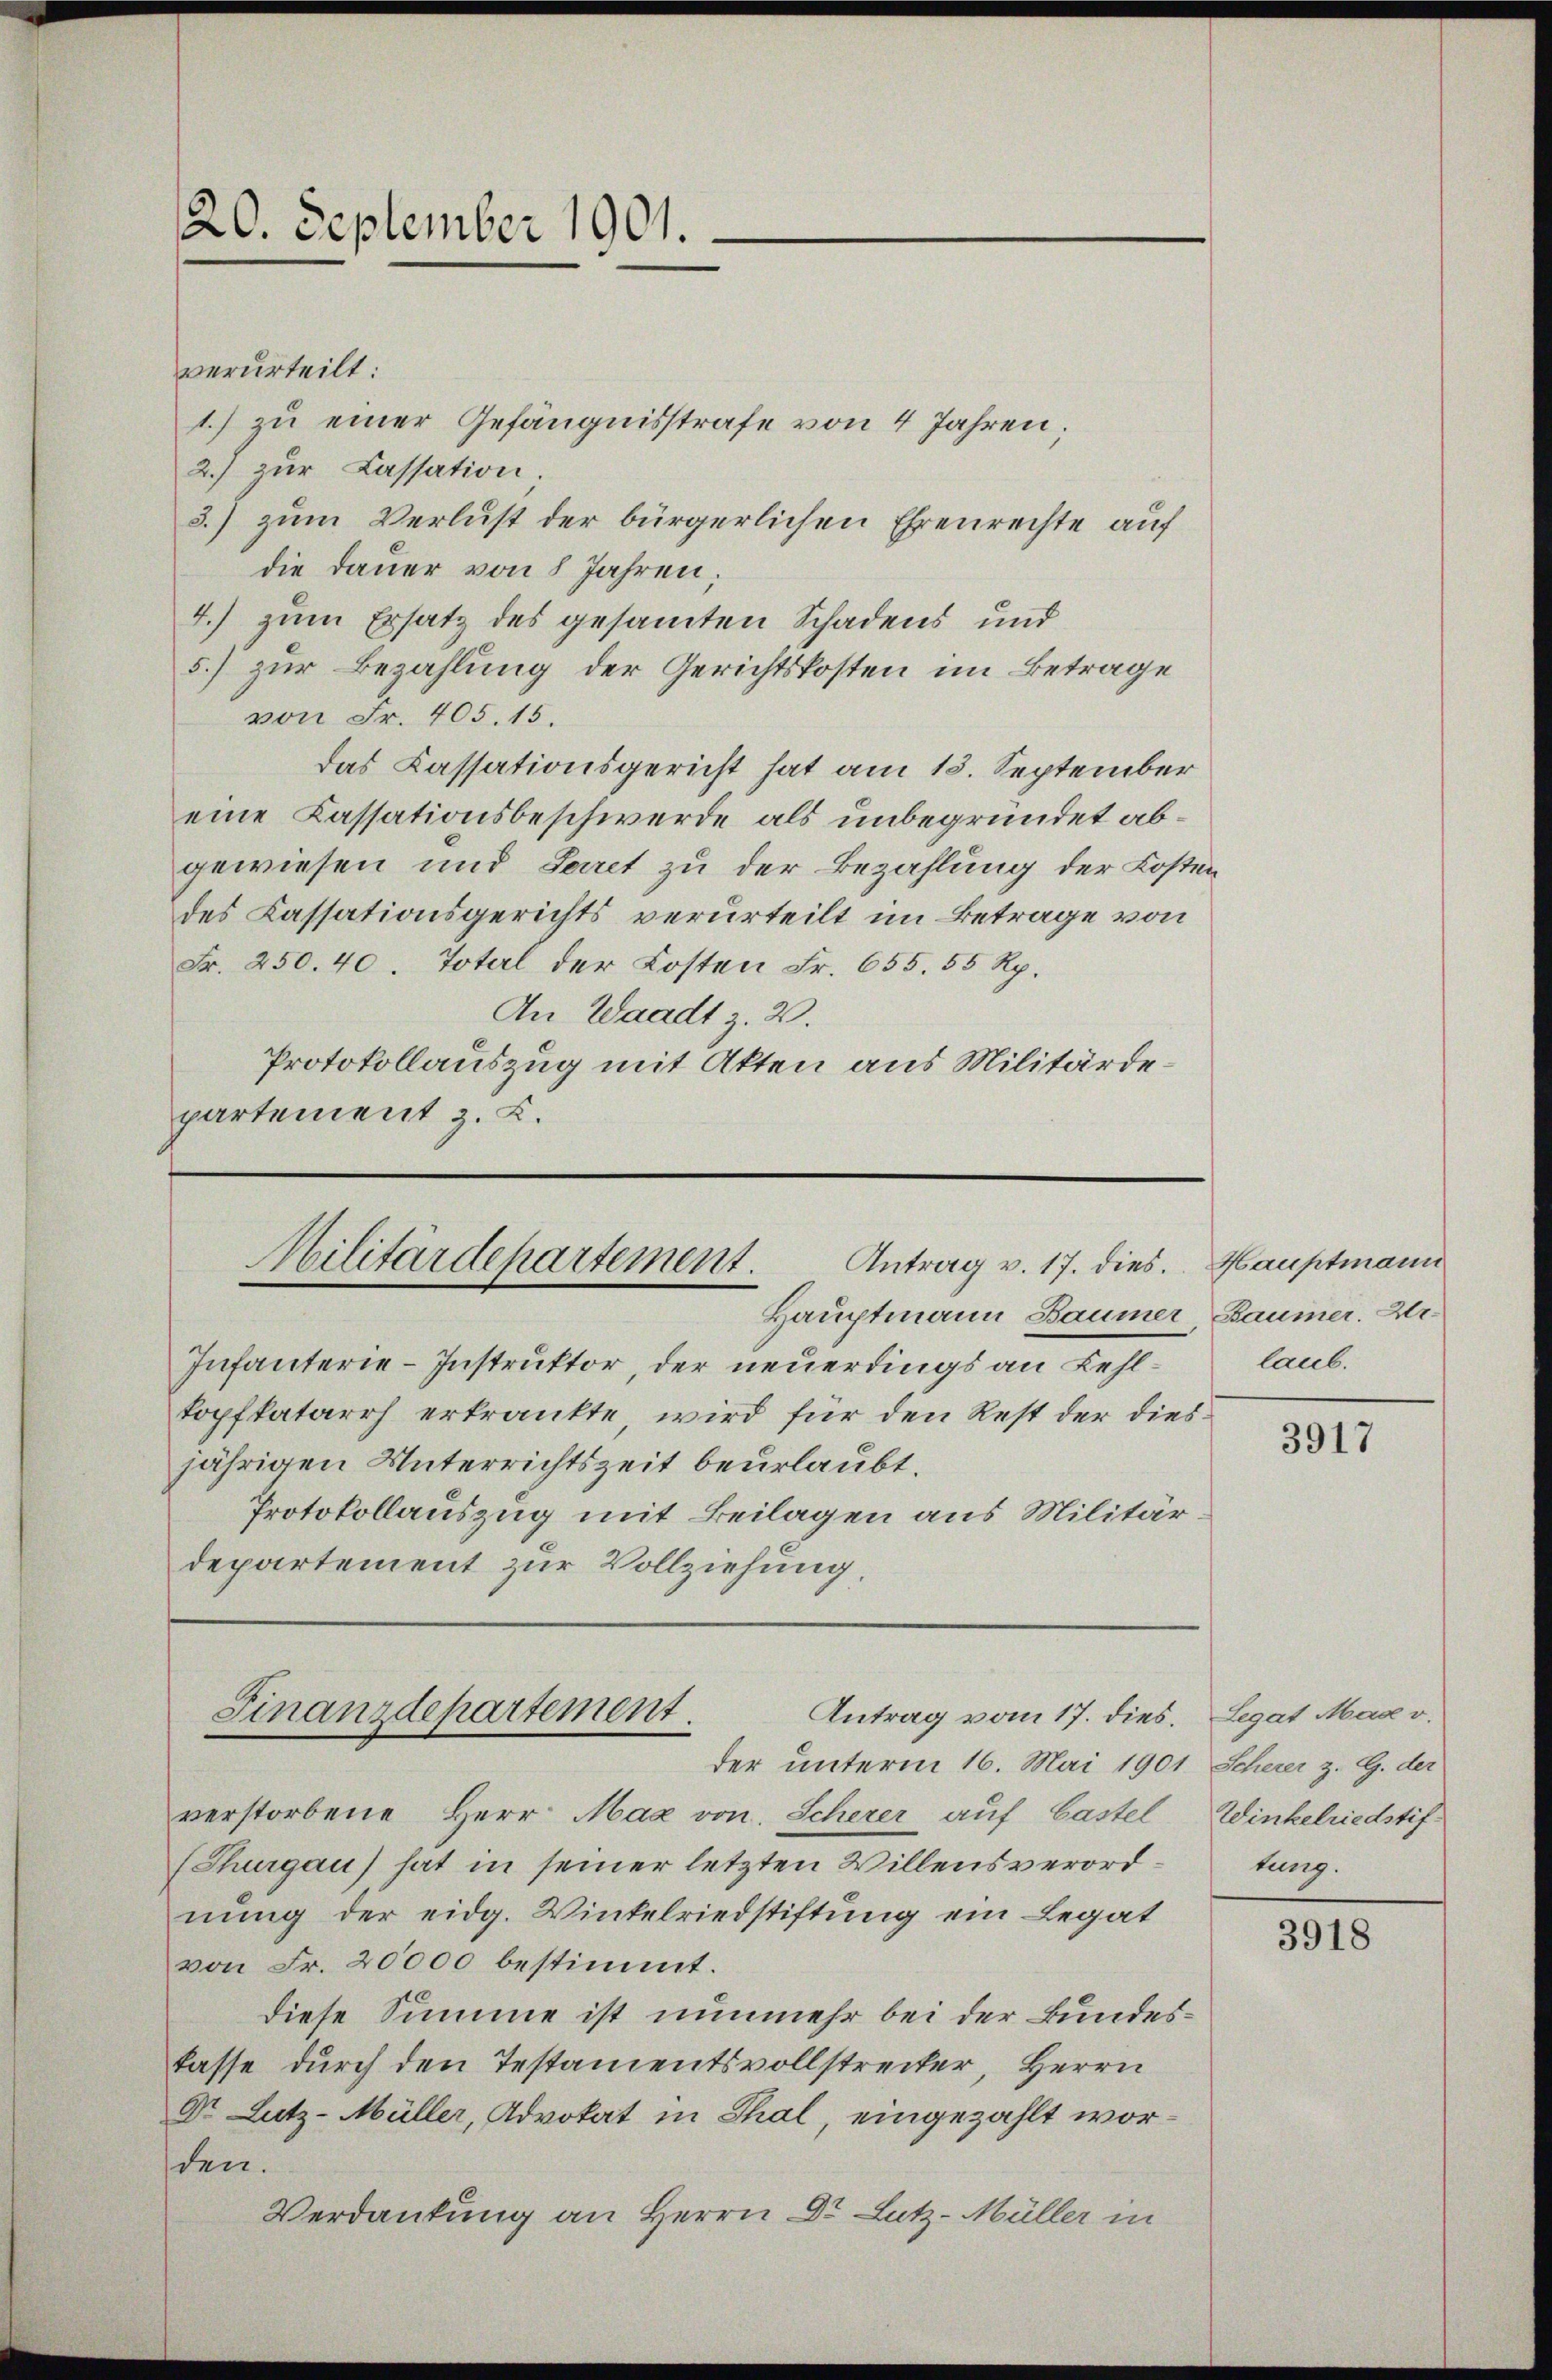
120. September 1901.

verurteilt:
1.) zu einer Gefängnisstrafe von 4 Jahren.
2.) zur Cassation.
3.) zum Verlust der bürgerlichen Ehrenrechte auf
die Dauer von 8 Jahren;
4.) zum Ersatz des gesamten Schadens und
5.) zur Bezahlung der Gerichtskosten im Betrage
von Fr. 405. 15.
das Cassationsgericht hat am 13. September
eine Kassationsbeschwerde als unbegründet abgewiesen und Seret zu der Bezahlung der Kosten
des Cassationsgerichts verurteilt im Betrage von
Fr. 250. 40. Total der Kosten Fr. 655. 55 Rp.
An Waadt z. B.
Protokollauszug mit Akten aus Militärdepartement z. B.

Antrag v. 17. dies. Hauptmann
Militärdepartement.
Hauptmann Baumer Baumer. Dr.

Infanterie-Instruktor, der neuerdings an Kehltopfkatarrh erkrankte wird für den Rest der diesjährigen Unterrichtszeit beurlaubt.
Protokollauszug mit Beilagen aus Militär
departement zur Vollziehung,

Finanzdepartement.
Antrag vom 17. dies. Legat Max v.
der unterm 16. Mai 1901 Scherer z. G. der

laub.

verstorbene Herr Max von Scherer auf Castel
(Thurgau) hat in seiner letzten Willensverordnung der eidg. Wintelriedstiftung ein Legat
von Fr. 20000 bestimmt.
diese Summe ist nunmehr bei der Bundeskasse durch den Testamentsvollstrecker, Herrn
Dr. Lutz-Müller, Advokat in Thal, eingezahlt worden.
Verdankung an Herrn Dr. Lutz-Müller in

3917

Winkelriedstiftung.

3918